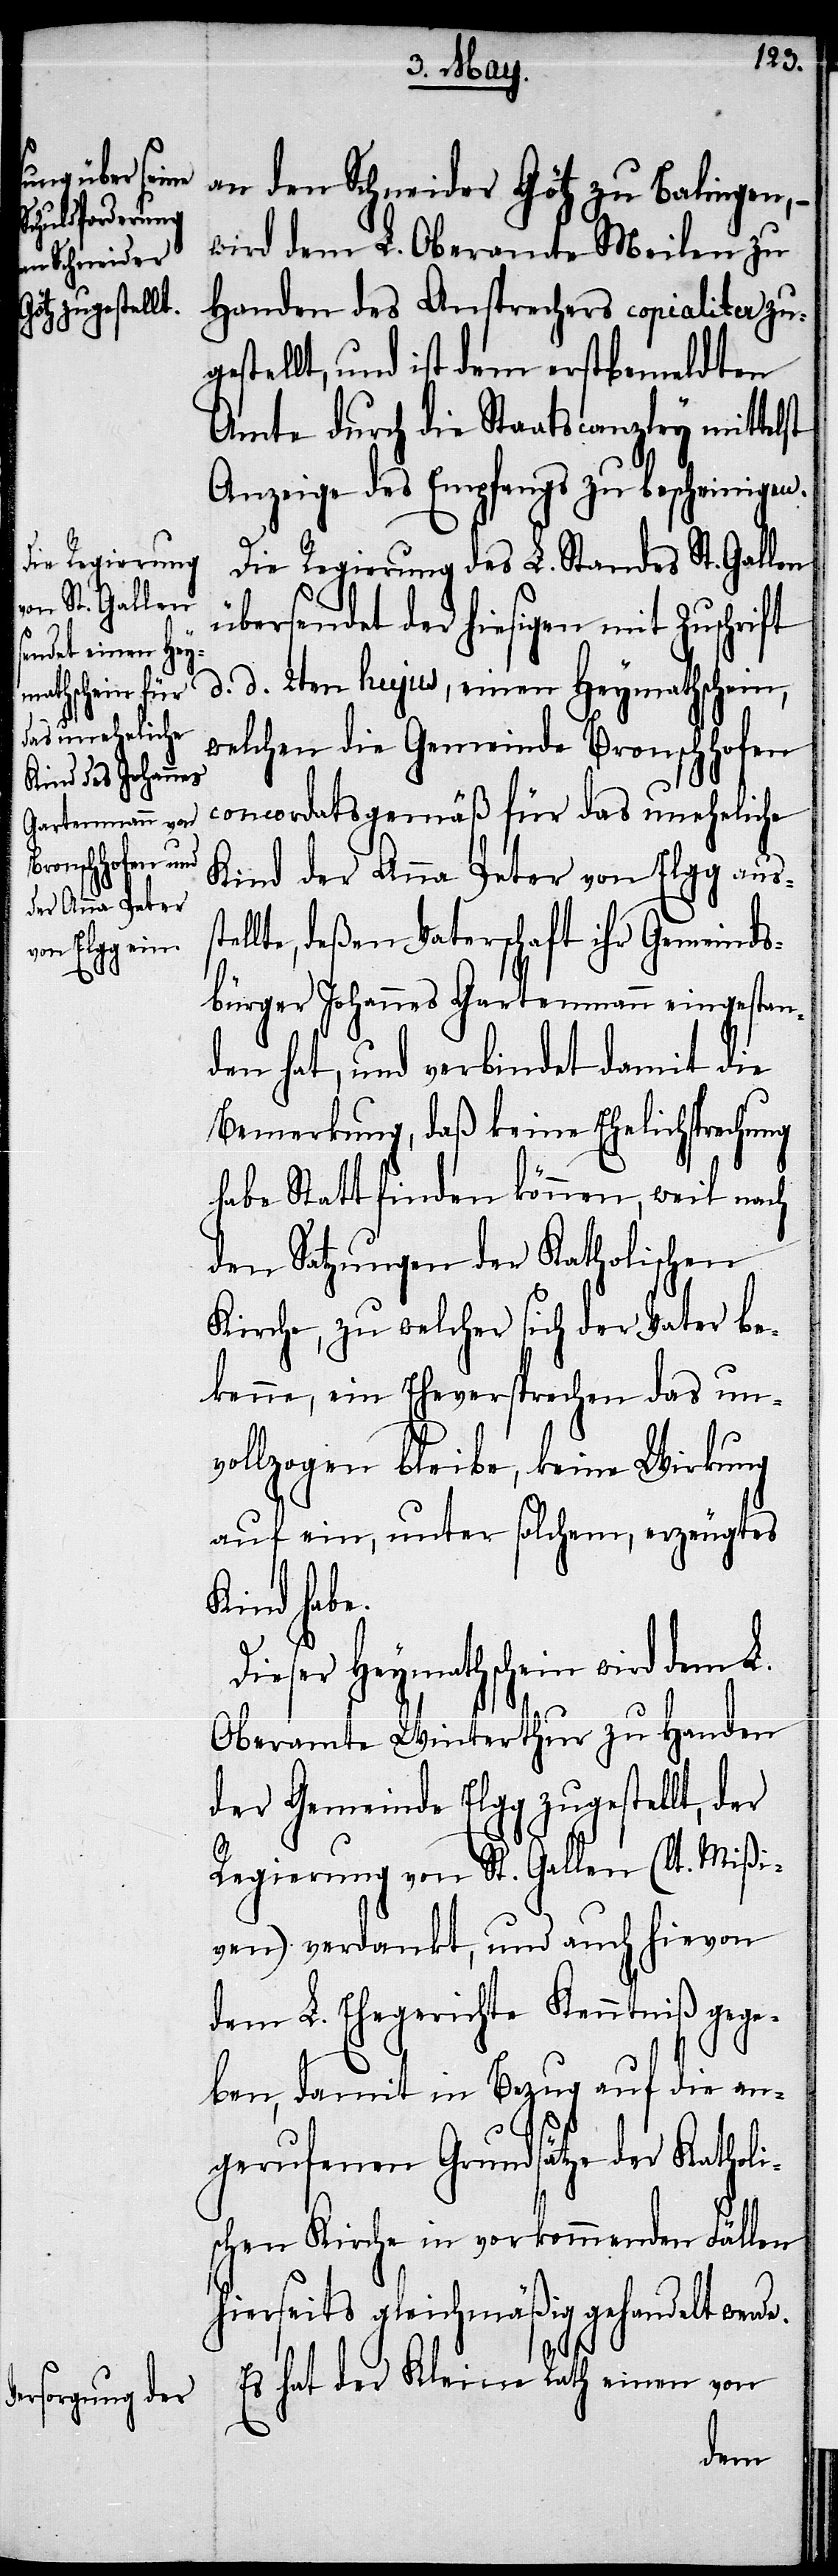
an den Schneider Götz zu Balingen,
wird dem L. Oberamte Meilen zu
Handen des Ansprechers copialiter zu¬
gestellt, und ist dem erstbemeldten
Amte durch die Staatscanzley mittel¬
Anzeige des Empfangs zu bescheinigen.
Die Regierung des L. Standes St. Gallen
übersendet der hiesigen mit Zuschrift
d. d. 2ten hujus, einen Heymathschein,
welchen die Gemeinde Bronschhofen
concordatsgemäß für das uneheliche
Kind der Anna Peter von Elgg aus¬
llte, deßen Vaterschaft ihr Gemeinds¬
bürger Johannes Gartemann eingestan¬
den hat, und verbindet damit die
Bemerkung, daß keine Ehelichsprechung
habe Statt finden können, weil nach
den Satzungen der Katholischen
Kirche, zu welcher sich der Vater be¬
kenne, ein Eheversprechen das un¬
vollzogen bleibe, keine Wirkung
auf ein, unter solchem, erzeugtes
Kind habe.
Dieser Heymathschein wird dem L.
Oberamte Winterthur zu Handen
der Gemeinde Elgg zugestellt, der
Regierung von St. Gallen (lt. Mißi¬
ven) verdankt, und auch hievon
dem L. Ehegerichte Kenntniß gege¬
ben, damit in Bezug auf die an¬
gerufenen Grundsätze in vorkommen¬
hierseits gleichmäßig gehandelt werde.
ste¬
Es hat der Kleine Rath einen von
den